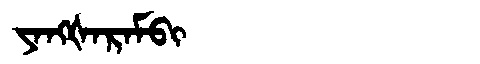
Manchu: ᠶᠠᠩᡧᠠᡵᠠᠮᠪᡳ
Romanization: YANGŠARAMBI